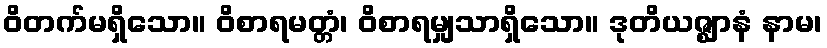
ဝိတက်မရှိသော။ ဝိစာရမတ္တံ၊ ဝိစာရမျှသာရှိသော။ ဒုတိယဇ္ဈာနံ နာမ၊